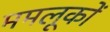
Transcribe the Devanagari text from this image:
ममलूकों